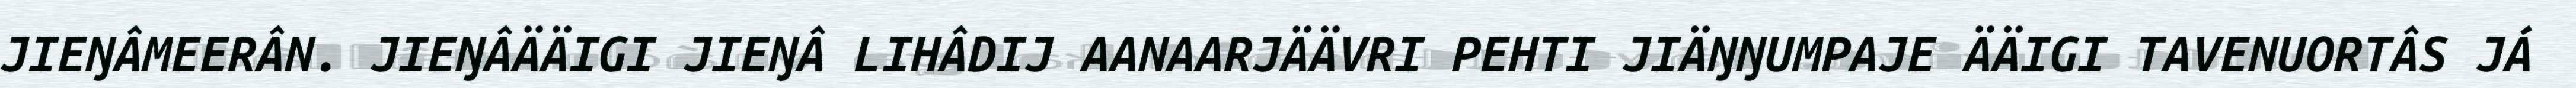
JIEŊÂMEERÂN. JIEŊÂÄÄIGI JIEŊÂ LIHÂDIJ AANAARJÄÄVRI PEHTI JIÄŊŊUMPAJE ÄÄIGI TAVENUORTÂS JÁ